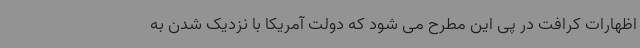
اظهارات کرافت در پی این مطرح می شود که دولت آمریکا با نزدیک شدن به